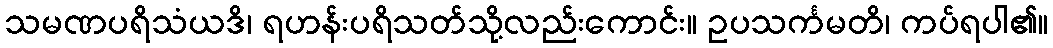
သမဏပရိသံယဒိ၊ ရဟန်းပရိသတ်သို့လည်းကောင်း။ ဥပသင်္ကမတိ၊ ကပ်ရပါ၏။